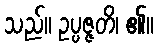
သည်။ ဥပ္ပဇ္ဇတိ၊ ၏။